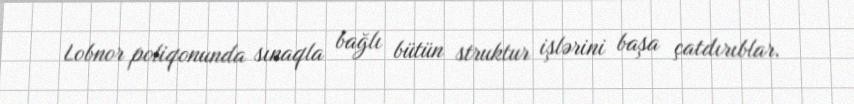
Lobnor poliqonunda sınaqla bağlı bütün struktur işlərini başa çatdırıblar.